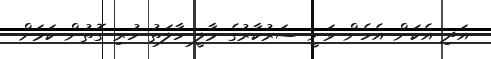
އަދި އެކަން އެހެން ވަނީ ސަރުކާރުގެ މާލީ ހާލަތު ހުރި ގޮތުން ކަމަށް